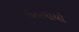
ઉઠાવાયો